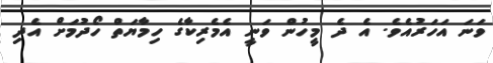
ވަނަ އަހަރުއެވެ. އެ ދެ މީހުން ވަނީ އެމެރިކާގެ ހިމާޔަތް ހޯދުމަށް އެދި